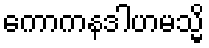
ကောကနဒါဟမသ္မိ